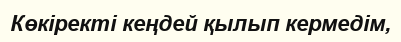
Көкіректі кеңдей қылып кермедім,